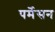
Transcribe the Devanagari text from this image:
पर्मेसन